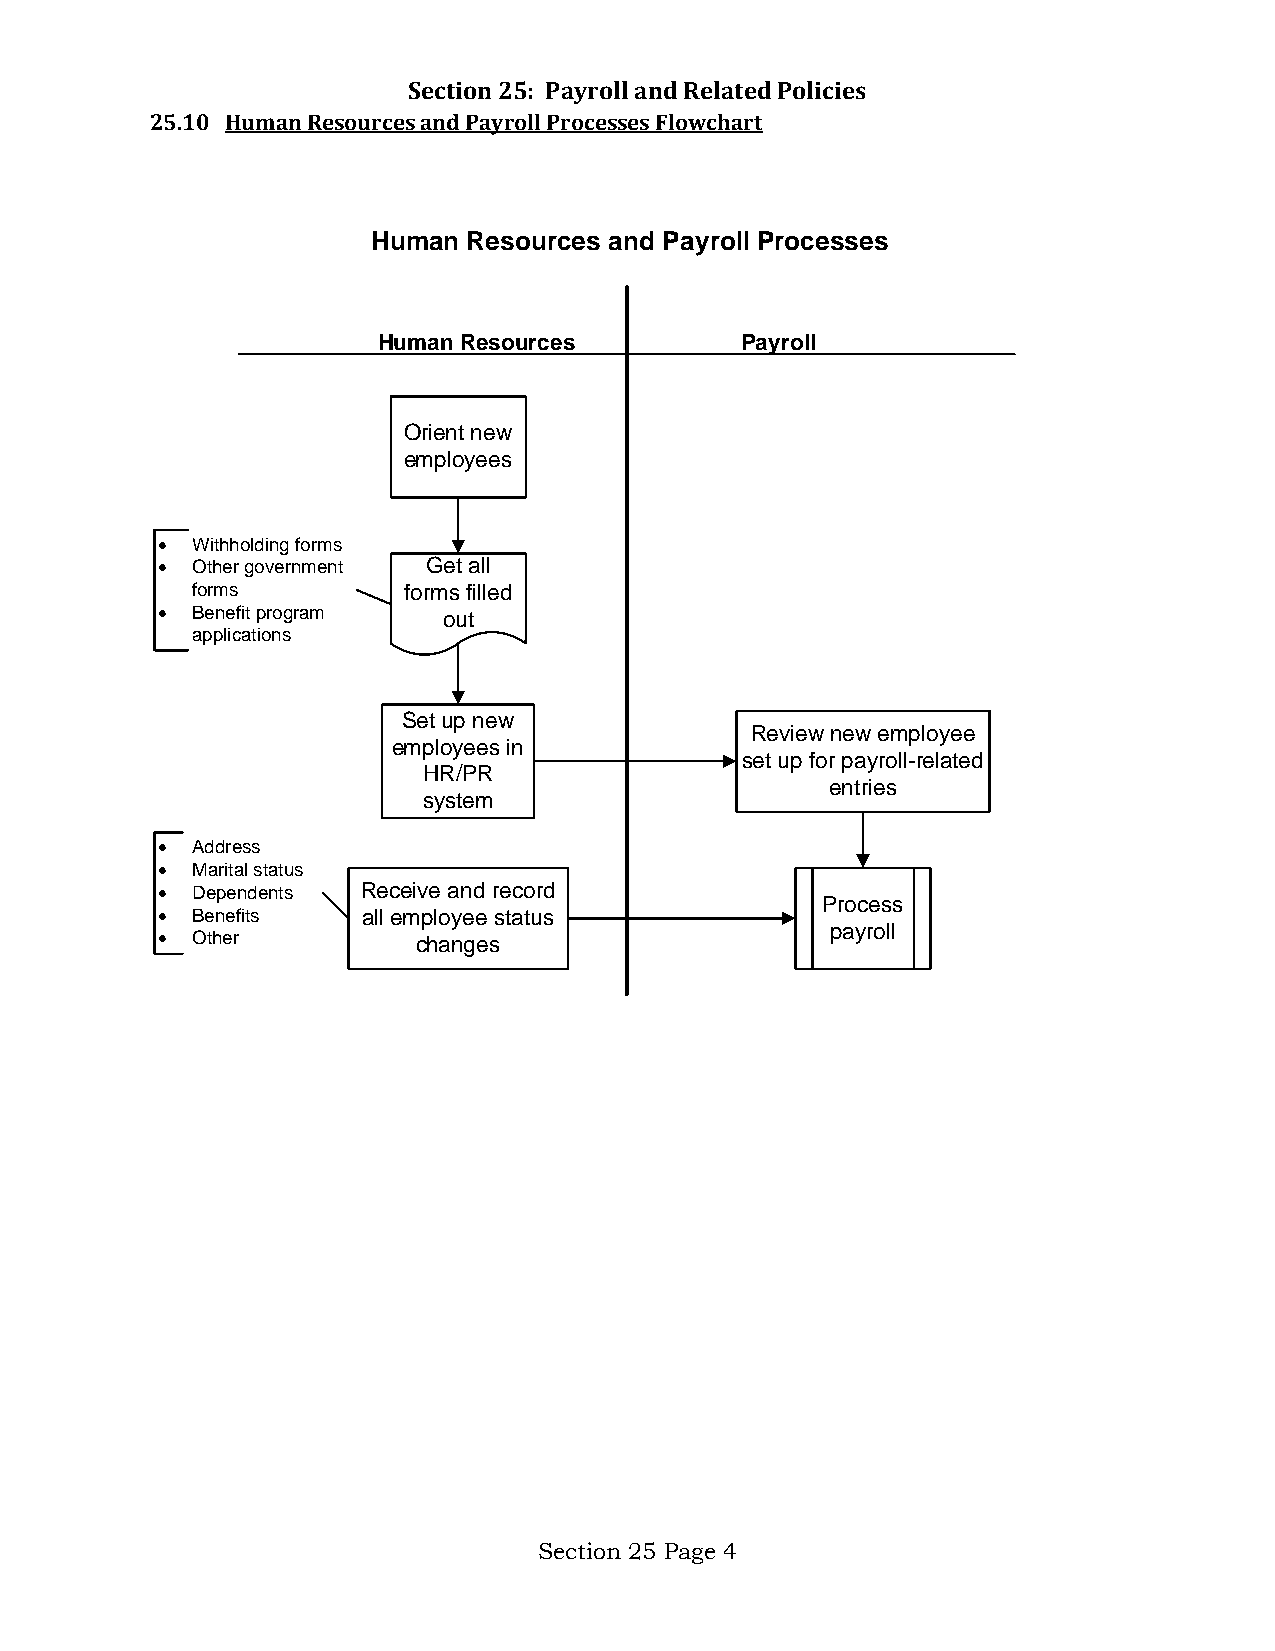
Section 25: Payroll and Related Policies
 25.10 Human Resources and Payroll Processes Flowchart
 Human Resources and Payroll Processes
 Human Resources         Payroll
 Orient new
 employees
 •  Withholding forms
 •  Other government Get all
 forms         forms filled
 •  Benefit program out
 applications
 Set up new
 Review new employee
 employees in
 set up for payroll-related
 HR/PR
 entries
 system
 •  Address
 •  Marital status
 •  Dependents Receive and record
 Process
 •  Benefits   all employee status
 payroll
 •  Other          changes
 Section 25 Page 4